Document type: Sale
Year: 1461
Scribe: [Unknown]
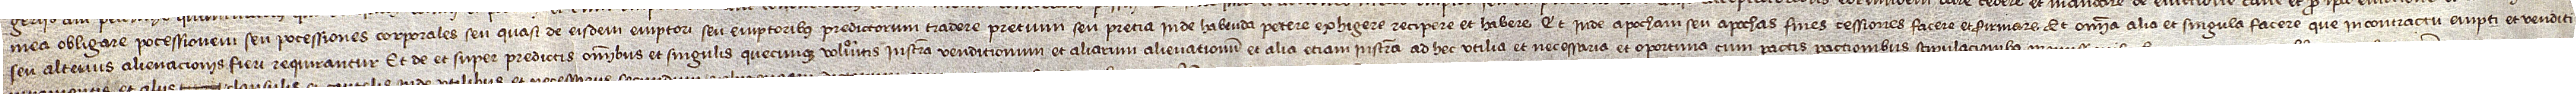
mea obligare, pocessionem seu pocessiones corporales seu quasi de eisdem emptori seu emptoribus predictorum tradere, pretium seu pretia inde habenda petere, exhigere, recipere et habere, et inde apocham seu apochas, fines, cessiones facere et firmare, et omnia alia et singula facere que in contractu empti et venditi